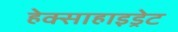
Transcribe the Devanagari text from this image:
हेक्साहाइड्रेट